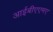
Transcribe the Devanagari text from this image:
आईबीएएमए